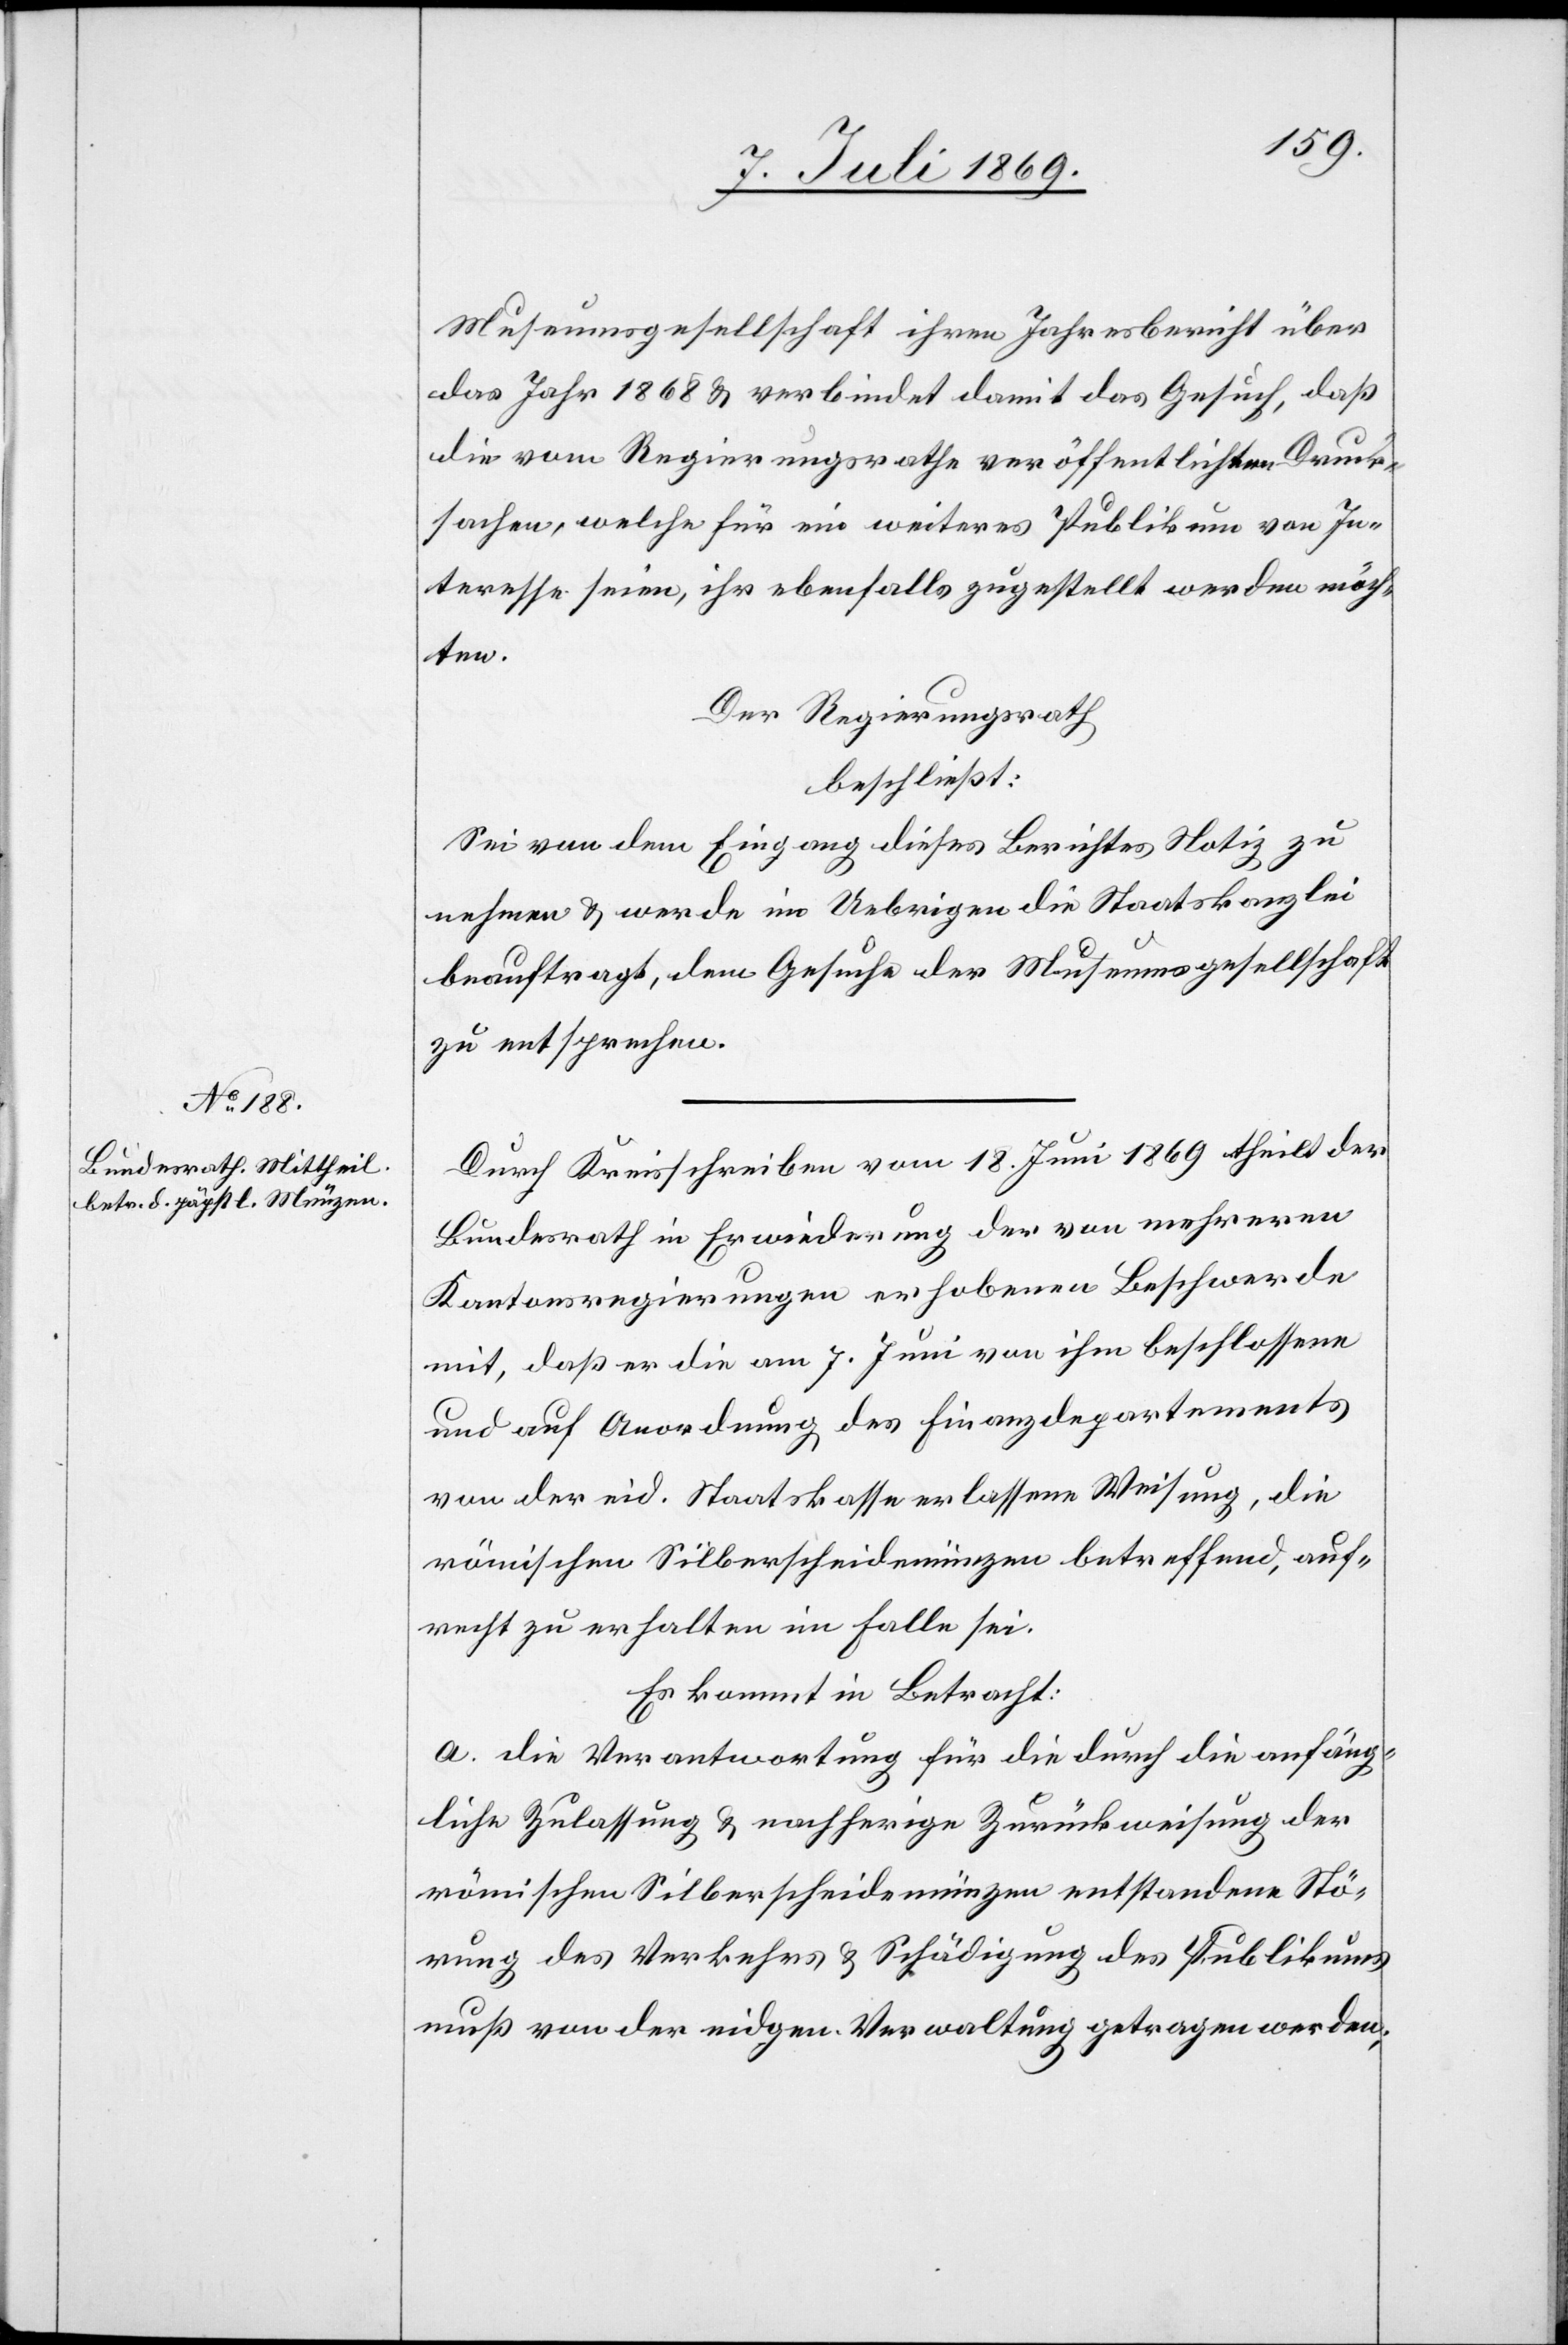
Museumsgesellschaft ihren Jahresbericht über
das Jahr 1868 u. verbindet damit das Gesuch, daß
die vom Regierungsrathe veröffentlichten Druck¬
sachen, welche für ein weiteres Publikum von In¬
teresse seien, ihr ebenfalls zugestellt werden möch¬
ten.
Der Regierungsrath
beschließt:
Sei von dem Eingang dieses Berichtes Notiz zu
nehmen u. werde im Uebrigen die Staatskanzlei
beauftragt, dem Gesuche der Museumsgesellschaft
zu entsprechen.
Durch Kreisschreiben vom 18 Juni 1869 theilt der
Bundesrath in Erwiedrung der von mehreren
Kantonsregierungen erhobenen Beschwerde
mit, daß er die am 7 Juni von ihm beschlossene
und auf Anordnung des Finanzdepartements
von der eid. Staatskasse erlassene Weisung, die
römischen Silberscheidemünzen betreffend, auf¬
recht zu erhalten im Falle sei.
Es kommt in Betracht:
a. die Verantwortung für die durch die anfäng¬
liche Zulassung u. nachherige Zurückweisung der
römischen Silberscheidemünzen entstandene Stö¬
rung des Verkehres u. Schädigung des Publikums
muß von der eidgen. Verwaltung getragen werden,